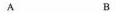
A B